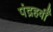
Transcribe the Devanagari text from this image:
पंद्रहवीँ